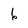
Character: 6